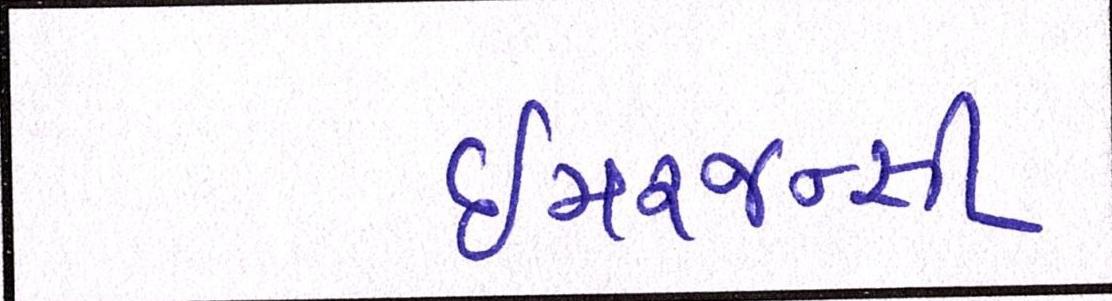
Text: ઇમરજન્સી